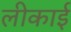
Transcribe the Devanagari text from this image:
लीकाई